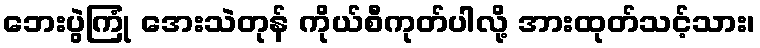
ဘေးပွဲကြုံ အေးသဲတုန် ကိုယ်စီကုတ်ပါလို့ အားထုတ်သင့်သား၊